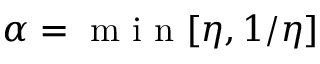
\alpha = \mathrm { ~ m ~ i ~ n ~ } [ \eta , 1 / \eta ]